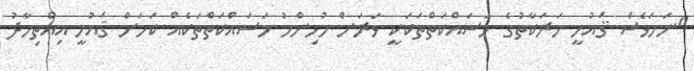
"ނަމަވެސް ޤައުމީ ހަރަކާތުގެ މަސައްކަތްތަކަކީ ވަރަށް މުހިންމު މަސައްކަތްތަކެއް ކަމަށް ޤައުމީ އިއްތިހާދު